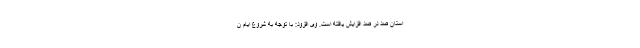
استان صد در صد افزایش یافته است. وی افزود: با توجه به شروع ایام ن